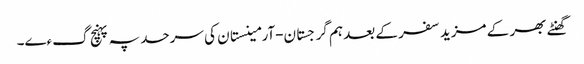
گھنٹے بھر کے مزید سفر کے بعد ہم گرجستان-آرمینستان کی سرحد پہ پہنچ گءے۔